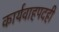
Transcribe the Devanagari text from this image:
कार्यवाहपदही